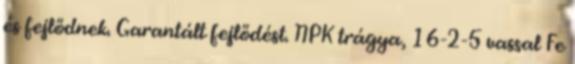
és fejlődnek. Garantált fejlődést. NPK trágya, 16-2-5 vassal Fe